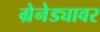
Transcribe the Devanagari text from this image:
ग्रेनेड्यावर